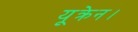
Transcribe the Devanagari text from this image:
यूक्रेन।